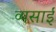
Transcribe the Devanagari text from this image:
व्यसाई